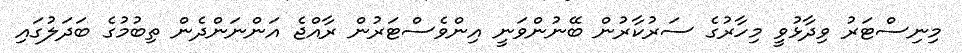
މިނިސްޓަރު ވިދާޅުވީ މިހާރުގެ ސަރުކާރުން ބޭނުންވަނީ އިންވެސްޓަރުން ރާއްޖެ އަންނަންދެން ތިބުމުގެ ބަދަލުގައި